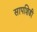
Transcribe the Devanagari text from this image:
सापशिडी